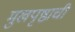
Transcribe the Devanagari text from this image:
मुखपृष्ठाची